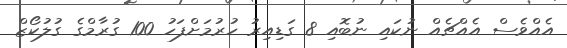
އެއްވެސް އެއްޗެއް ނުކައި ނުބޮއި 8 ގަޑިއިރު ހުރުމަށްފަހު 100 ގުރާމްގެ ގުލުކޯޒް